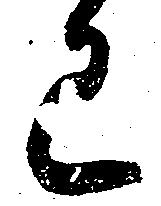
已